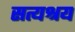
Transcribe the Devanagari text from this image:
सत्यश्रय